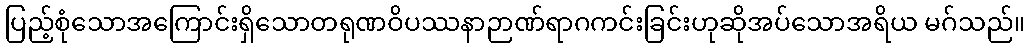
ပြည့်စုံသောအကြောင်းရှိသောတရုဏဝိပဿနာဉာဏ်ရာဂကင်းခြင်းဟုဆိုအပ်သောအရိယ မဂ်သည်။